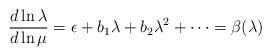
LaTeX: \begin{align*}\frac{d\ln \lambda}{d\ln \mu}=\epsilon +b_1\lambda+b_2\lambda^2+\dots=\beta(\lambda)\end{align*}